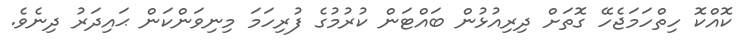
ކޮއްކޮ ހިތްހަމަޖެހޭ ގޮތަށް ދިރިއުޅުން ބައްޓަން ކުރުމުގެ ފުރިހަމަ މިނިވަންކަން ޙައިދަރު ދިނެވެ.